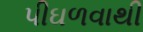
પીઘળવાથી